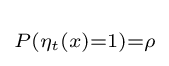
\scriptstyle P(\eta _{t}(x)=1)=\rho